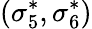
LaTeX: (\sigma_{5}^{*},\sigma_{6}^{*})